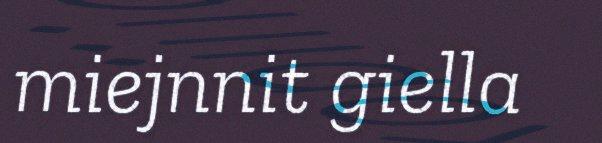
miejnnit giella